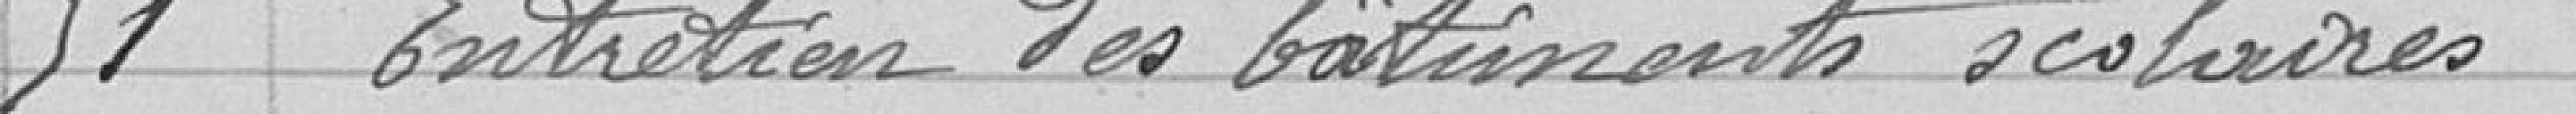
51 Entretien des bâtiments scolaires